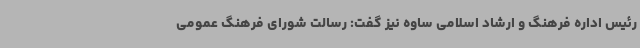
رئیس اداره فرهنگ و ارشاد اسلامی ساوه نیز گفت: رسالت شورای فرهنگ عمومی